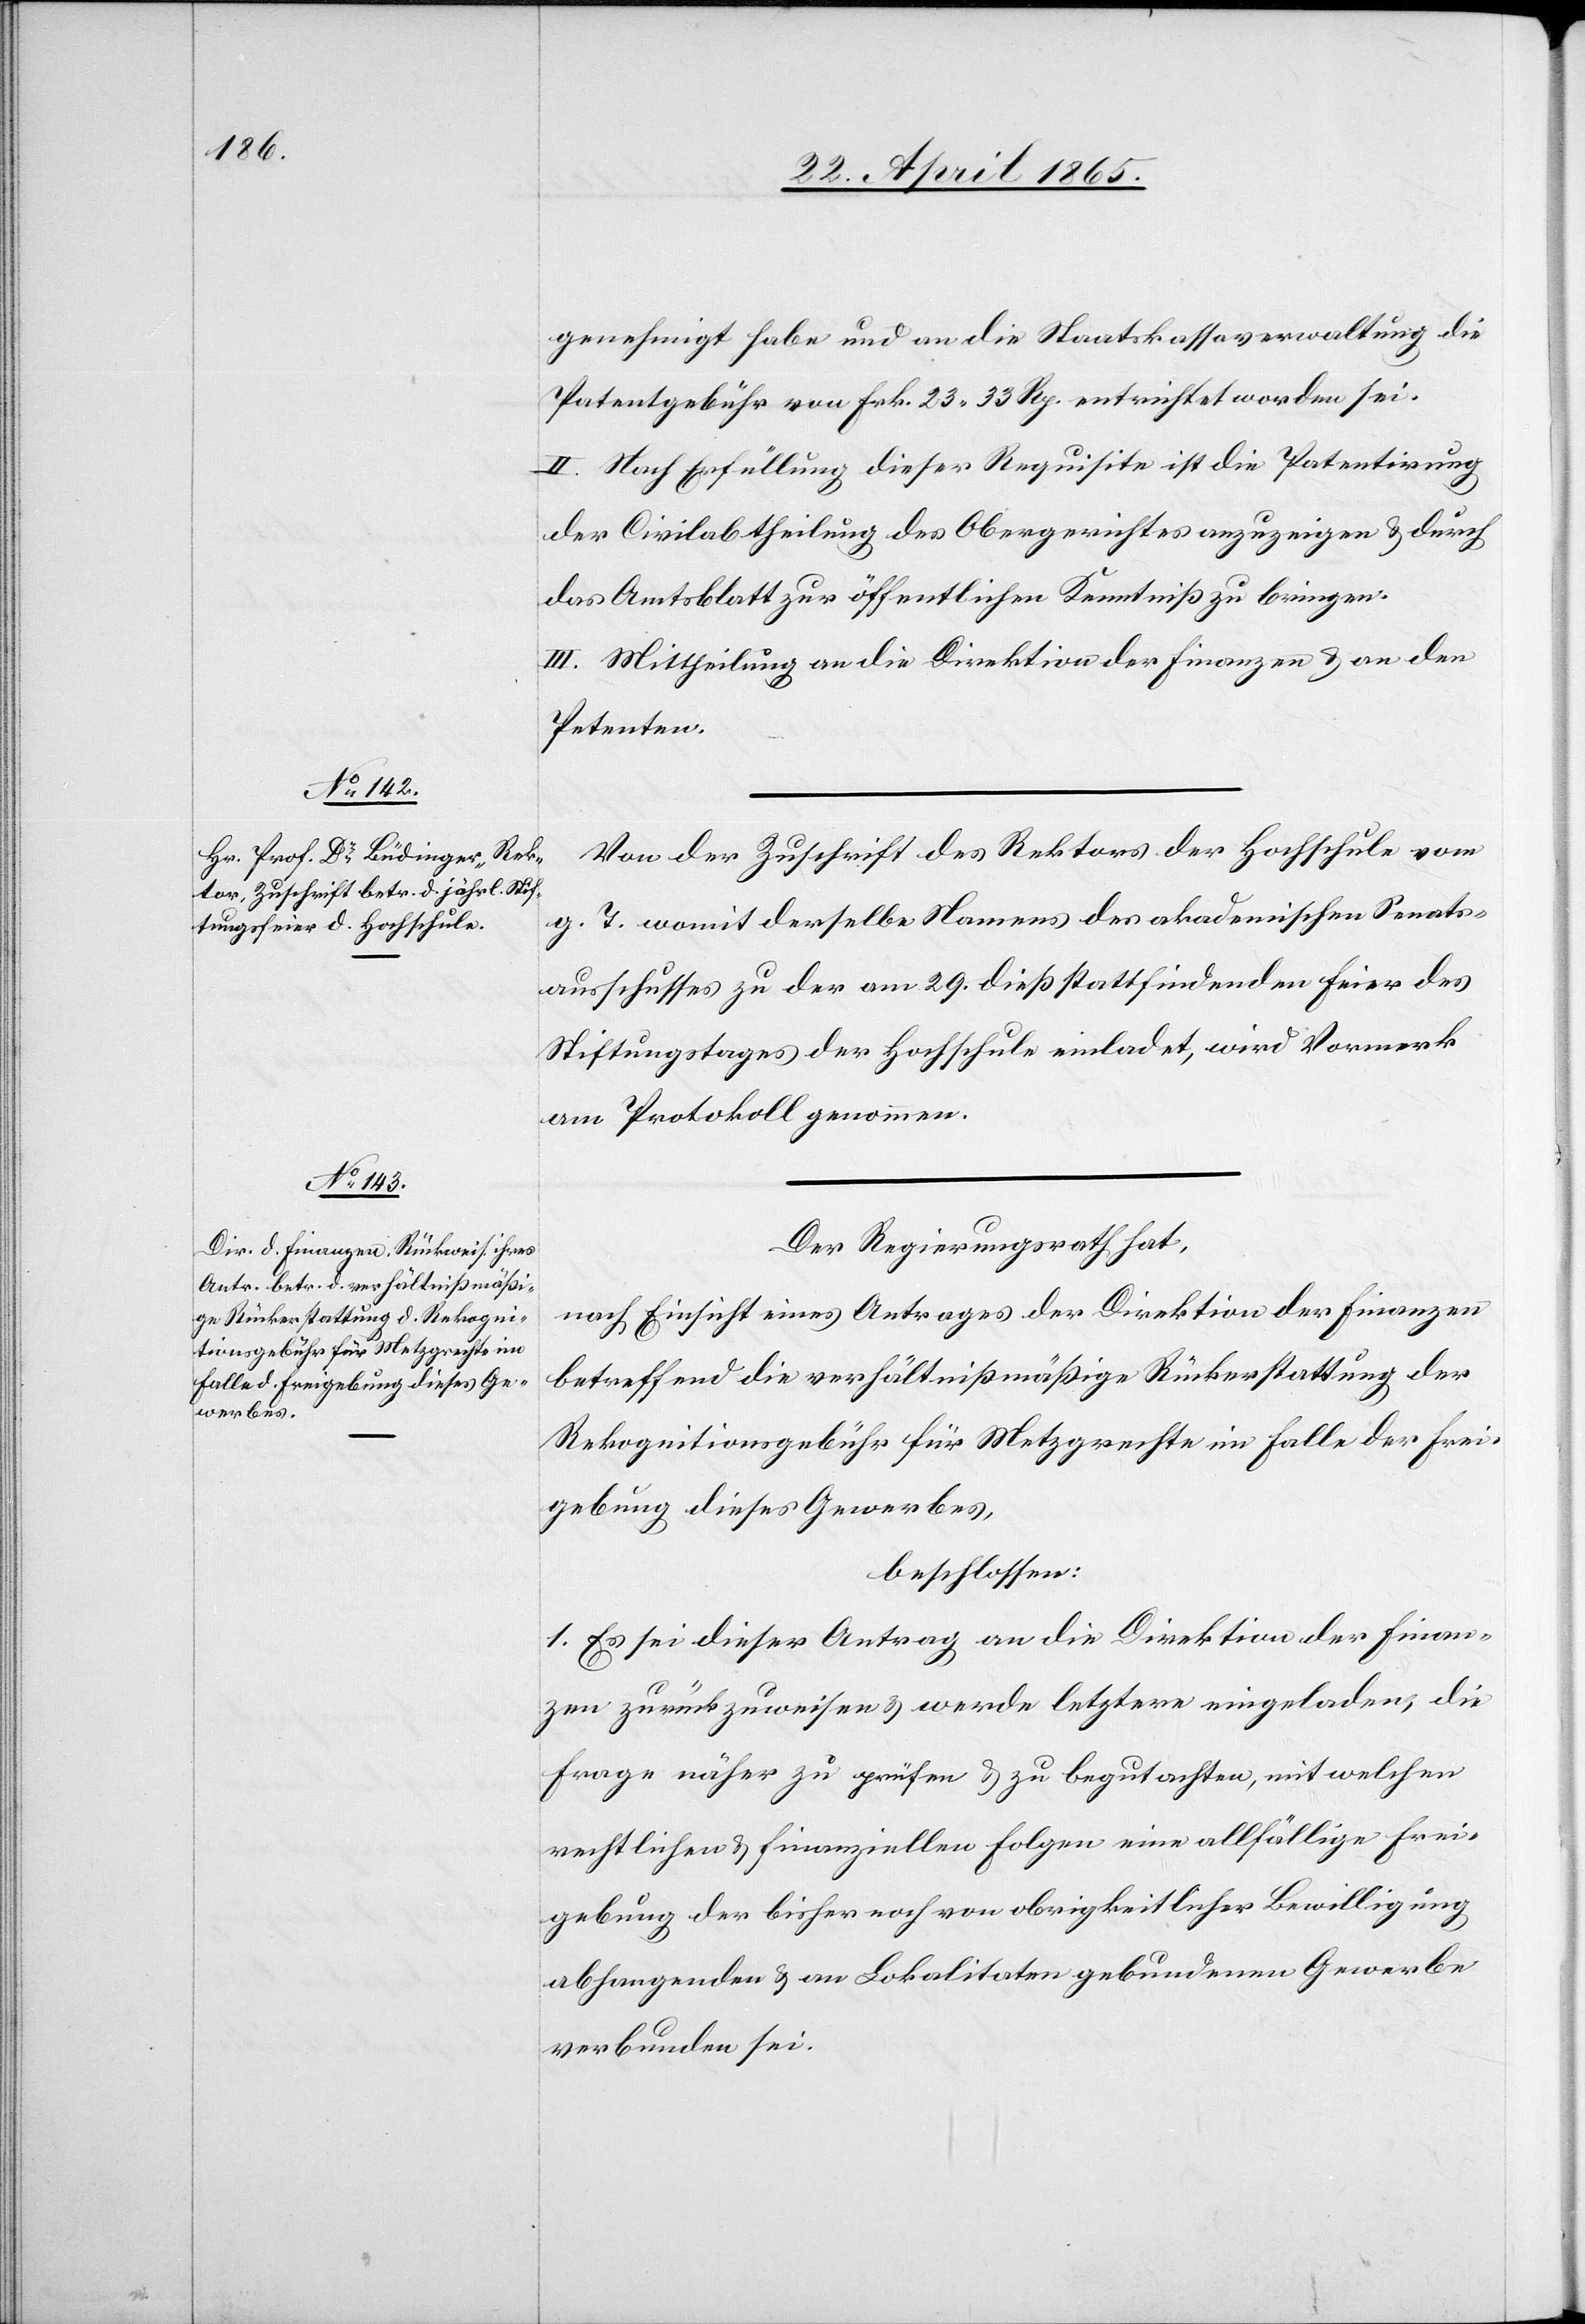
genehmigt habe und an die Staatskassaverwaltung die
Patentgebühr von Frk. 23 33 Rp. entrichtet worden sei.
II. Nach Erfüllung dieser Requisite ist die Patentirung
der Civilabtheilung des Obergerichtes anzuzeigen & durch
das Amtsblatt zur öffentlichen Kenntniß zu bringen.
III. Mittheilung an die Direktion der Finanzen & an den
Petenten.
Von der Zuschrift des Rektors der Hochschule vom
g. T. womit derselbe Namens des akademischen Senats¬
ausschusses zu der am 29. dieß stattfindenden Feier des
Stiftungstages der Hochschule einladet, wird Vormerk
am Protokoll genommen.
Der Regierungsrath hat,
nach Einsicht eines Antrages der Direktion der Finanzen
betreffend die verhältnißmäßige Rückerstattung der
Rekognitionsgebühr für Metzgrechte im Falle der Frei¬
gebung dieses Gewerbes,
beschlossen:
1. Es sei dieser Antrag an die Direktion der Finan¬
zen zurückzuweisen & werde letztere eingeladen, die
Frage näher zu prüfen & zu begutachten, mit welchen
rechtlichen & finanziellen Folgen eine allfällige Frei¬
gebung der bisher noch von obrigkeitlicher Bewilligung
abhangenden & an Lokalitaten gebundenen Gewerbe
verbunden sei.